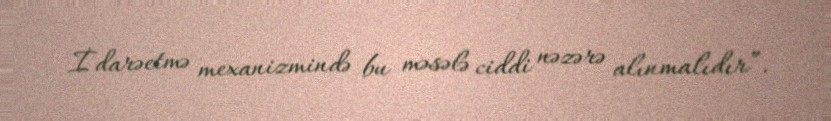
İdarəetmə mexanizmində bu məsələ ciddi nəzərə alınmalıdır”.